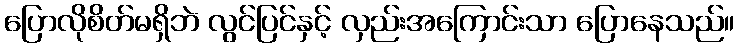
ပြောလိုစိတ်မရှိဘဲ လွင်ပြင်နှင့် လှည်းအကြောင်းသာ ပြောနေသည်။